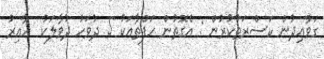
ގަވާޢިދުން ކަސްރަތުކުރުން : އެގޮތުން ހަފްތާއަކު 5 ދުވަހު ދުވާލަކު  ހާއިރު